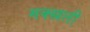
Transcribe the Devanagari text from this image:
मक्खली